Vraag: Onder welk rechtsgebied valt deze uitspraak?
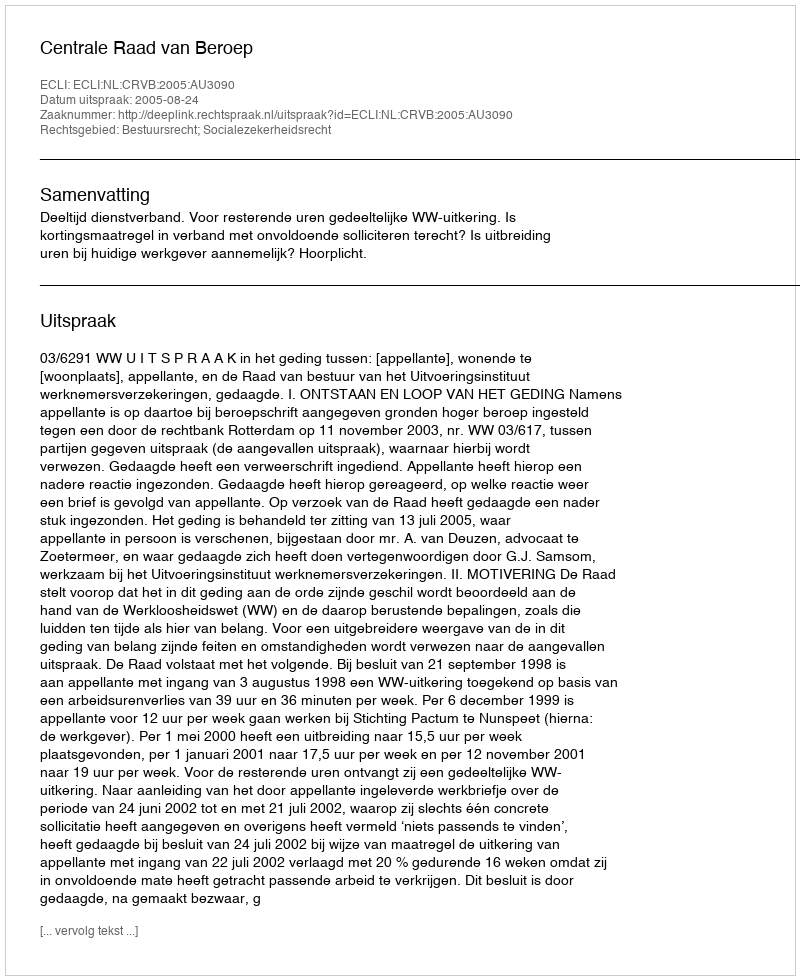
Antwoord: Bestuursrecht; Socialezekerheidsrecht